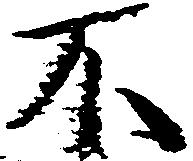
不